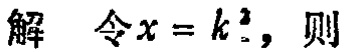
解 令\(x = k^{2}\)，则